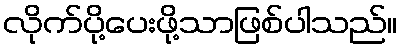
လိုက်ပို့ပေးဖို့သာဖြစ်ပါသည်။